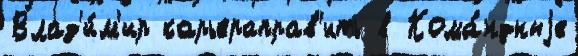
Влад'и́м'ир карьераправ'ить в Кома́ндныjе